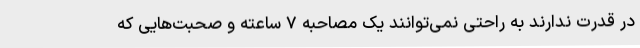
در قدرت ندارند به راحتی نمی‌توانند یک مصاحبه ۷ ساعته و صحبت‌هایی که